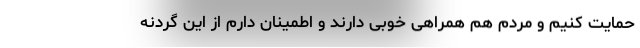
حمایت کنیم و مردم هم همراهی خوبی دارند و اطمینان دارم از این گردنه